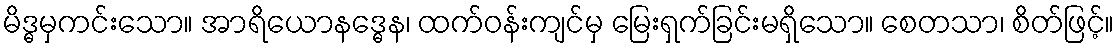
မိဒ္ဓမှကင်းသော။ အာရိယောနဒ္ဓေန၊ ထက်ဝန်းကျင်မှ မြေးရှက်ခြင်းမရှိသော။ စေတသာ၊ စိတ်ဖြင့်။